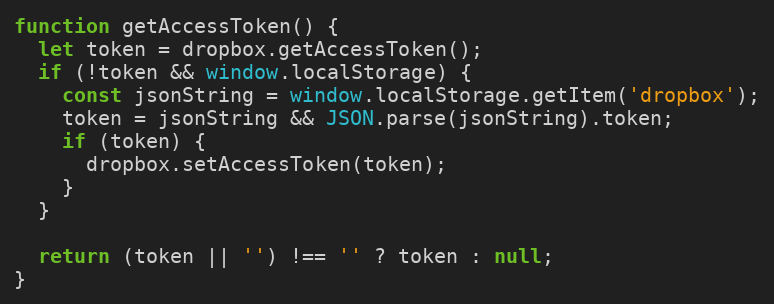
Language: JavaScript
function getAccessToken() {
  let token = dropbox.getAccessToken();
  if (!token && window.localStorage) {
    const jsonString = window.localStorage.getItem('dropbox');
    token = jsonString && JSON.parse(jsonString).token;
    if (token) {
      dropbox.setAccessToken(token);
    }
  }

  return (token || '') !== '' ? token : null;
}